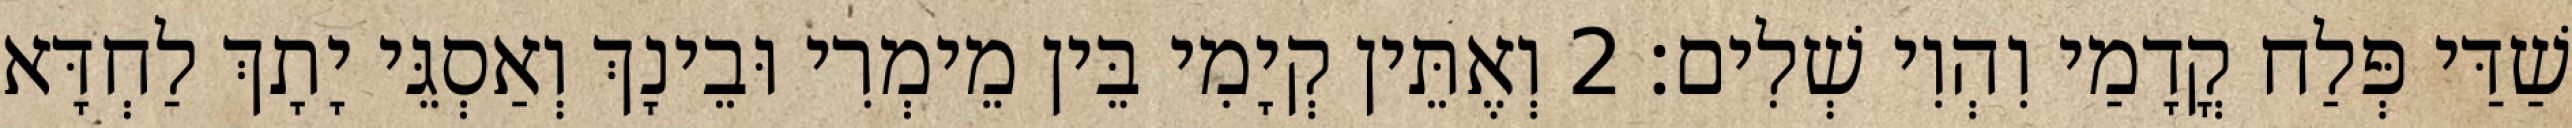
שַׁדַּי פְּלַח קֳדָמַי וִהְוִי שְׁלִים׃ 2 וְאֶתֵּין קְיָמִי בֵּין מֵימְרִי וּבֵינָךְ וְאַסְגֵּי יָתָךְ לַחְדָּא